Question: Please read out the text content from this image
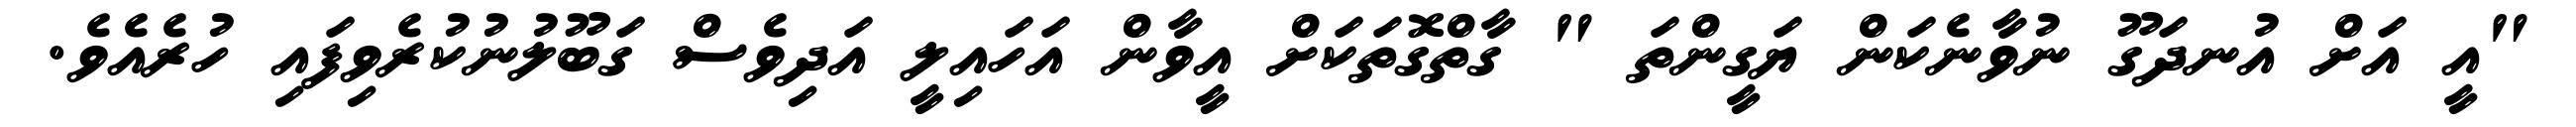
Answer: "އީ އަށް އުނދަގޫ ނުވާނެކަން ޔަގީންތަ " ގާތްގޮތަކަށް އީވާން އަހައިލީ އަދިވެސް ގަބޫލުނުކުރެވިފައި ހުރެއެވެ.